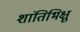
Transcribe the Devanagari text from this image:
शांतिभिक्षु